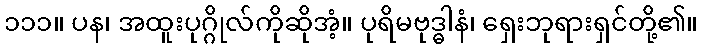
၁၁၁။ ပန၊ အထူးပုဂ္ဂိုလ်ကိုဆိုအံ့။ ပုရိမဗုဒ္ဓါနံ၊ ရှေးဘုရားရှင်တို့၏။